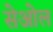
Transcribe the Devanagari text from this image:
सेओल